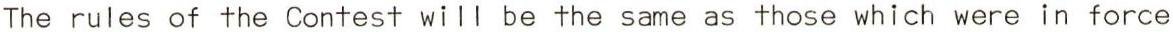
The rules of the Contest will be the same as those which were in force